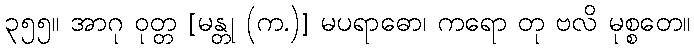
၃၅၅။ အာဂု ဝုတ္တ [မန္တု (က.)] မပရာဓော၊ ကရော တု ဗလိ မုစ္စတေ။